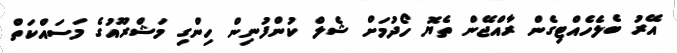
އޭރު ބެލެހެއްޓިގެން ރާއްޖޭން ތެޔޮ ހޯދުމަށް ޝެލް ކުންފުނިން ހިންގި މަޝްރޫއުގެ މަސައްކަތް